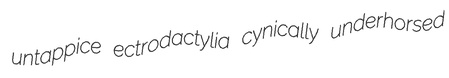
untappice ectrodactylia cynically underhorsed